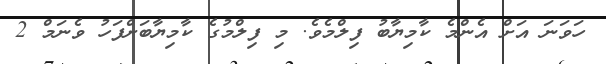
ހަވަނަ އަށް އެންމެ ކާމިޔާބު ފިލްމެވެ. މި ފިލްމުގެ ކާމިޔާބަށްފަހު ވެނަމް 2